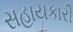
સહાયકારી